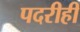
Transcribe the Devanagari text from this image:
पदरीही